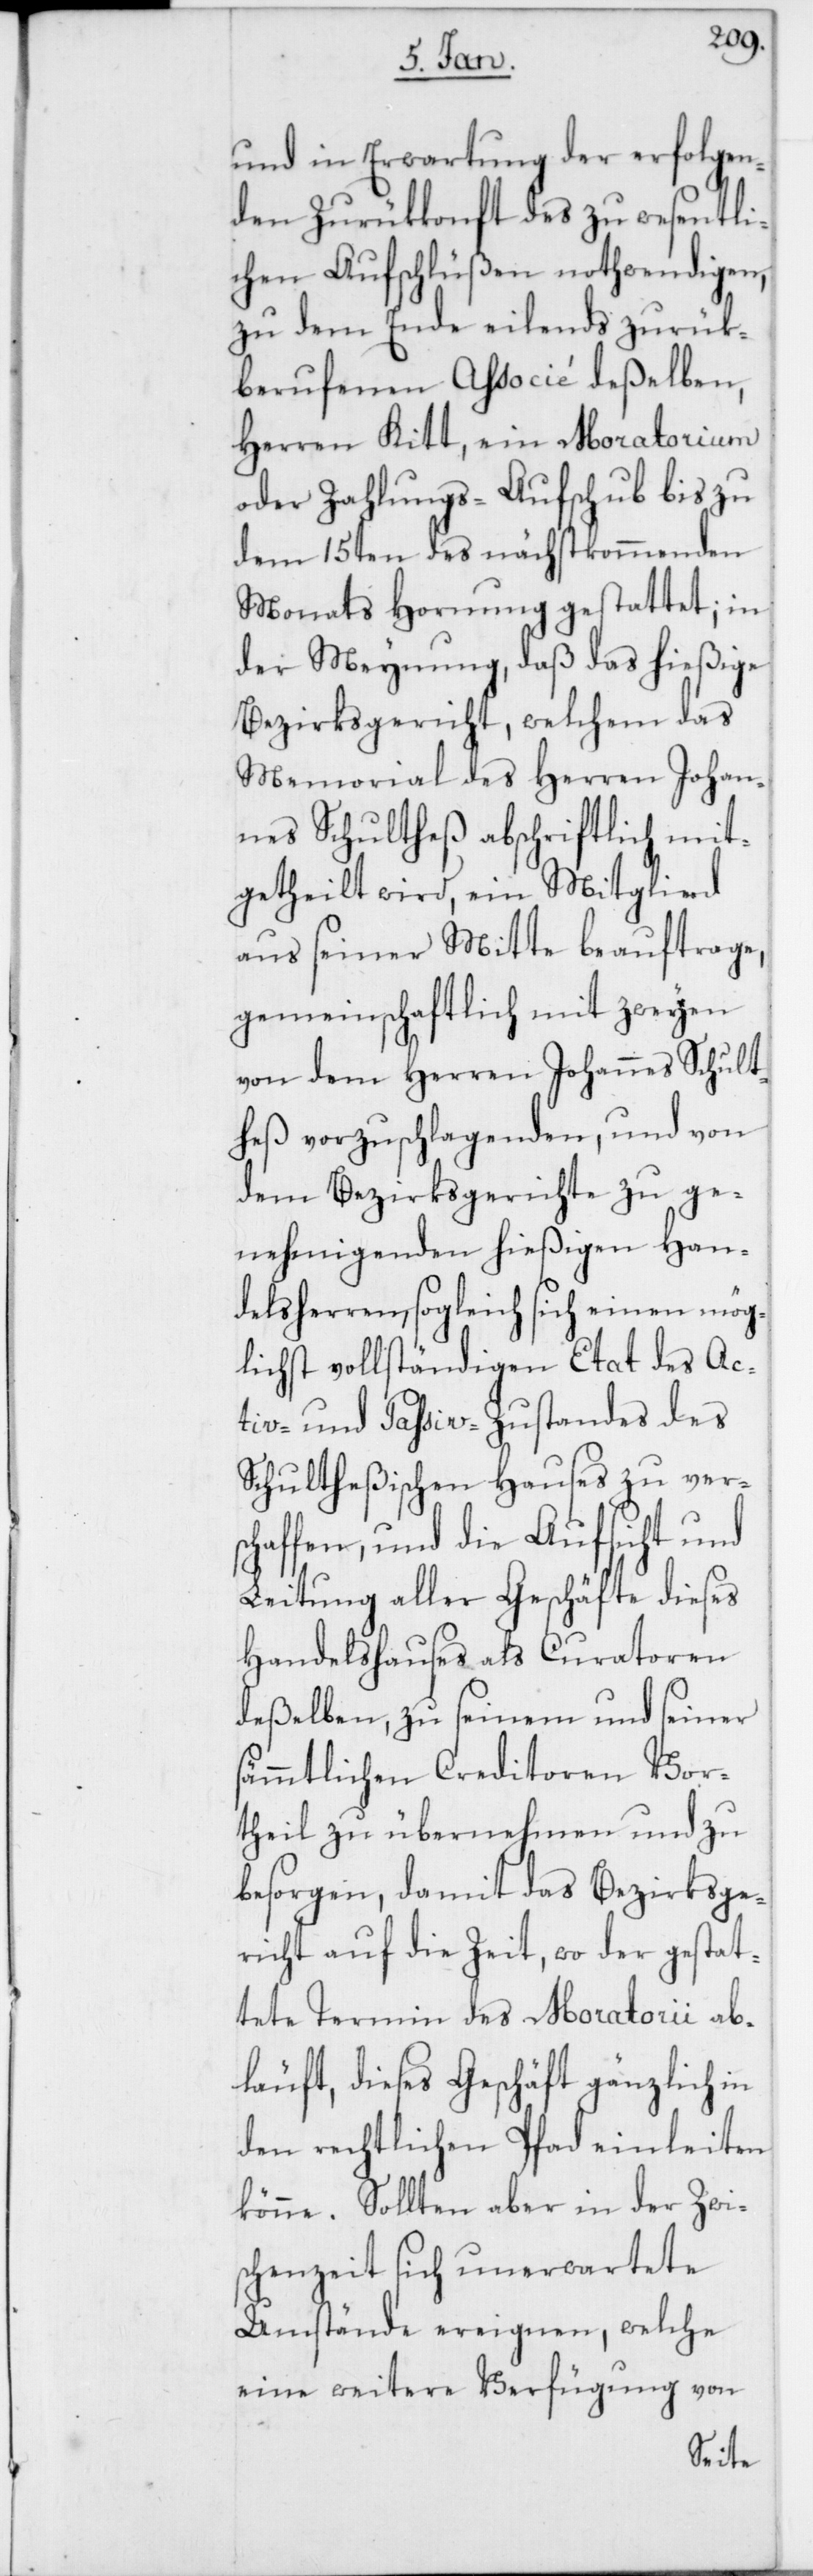
und in Erwartung der erfolgen¬
den Zurükkonft des zu wesentli¬
chen Aufschlüßen nothwendigen,
zu dem Ende eilends zurük¬
berufenen Associé deßelben,
Herren Kitt, ein Moratorium
oder Zahlungs-Aufschub bis zu
dem 15ten des nächstkommenden
Monats Hornung gestattet; in
der Meynung, daß das hießige
Bezirksgericht, welchem das
Memorial des Herren Johan¬
nes Schultheß abschriftlich mit¬
getheilt wird, ein Mitglied
aus seiner Mitte beauftrage,
gemeinschaftlich mit zweyen
von dem Herren Johannes Schult¬
heß vorzuschlagenden, und von
dem Bezirksgerichte zu ge¬
nehmigenden hießigen Han¬
delsherren, sogleich sich einen mög¬
lichst vollständigen Etat des Ac¬
tiv- und Passiv-Zustandes des
Schultheßischen Hauses zu ver¬
schaffen, und die Aufsicht und
Leitung aller Geschäfte dieses
Handelshauses als Curatoren
deßelben, zu seinem und seiner
sämmtlichen Creditoren Vor¬
theil zu übernehmen und zu
besorgen, damit das Bezirksge¬
richt auf die Zeit, wo der gestat¬
tete Termin des Moratorii ab¬
läuft, dieses Geschäft gänzlich in
den rechtlichen Pfad einleiten
könne. Sollten aber in der Zwis¬
chenzeit sich unerwartete
Umstände ereignen, welche
eine weitere Verfügung von